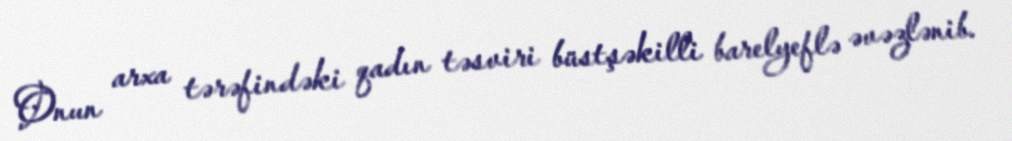
Onun arxa tərəfindəki qadın təsviri büstşəkilli barelyeflə əvəzlənib.